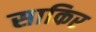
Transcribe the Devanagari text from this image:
साकिर